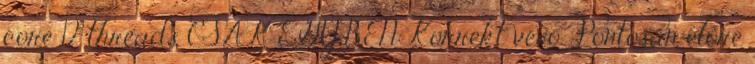
core 12 threads CSAK EGYBEN Korrekt vevő. Pontosan előre